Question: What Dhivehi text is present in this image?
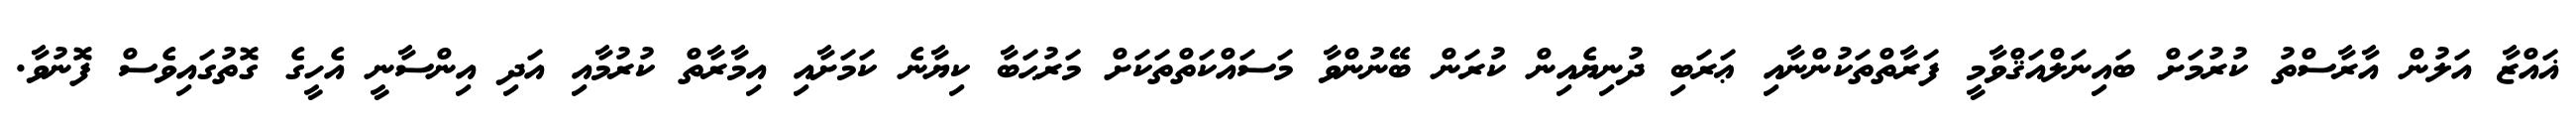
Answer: ޣައްޒާ އަލުން އާރާސްތު ކުރުމަށް ބައިނަލްއަޤްވާމީ ފަރާތްތަކުންނާއި ޢަރަބި ދުނިޔެއިން ކުރަން ބޭނުންވާ މަސައްކަތްތަކަށް މަރުޙަބާ ކިޔާނެ ކަމަށާއި އިމާރާތް ކުރުމާއި އަދި އިންސާނީ އެހީގެ ގޮތުގައިވެސް ފޮނުވާ.